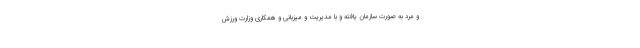
و مرد به صورت سازمان یافته و با مدیریت و میزبانی و همکاری وزارت ورزش